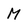
Character: M